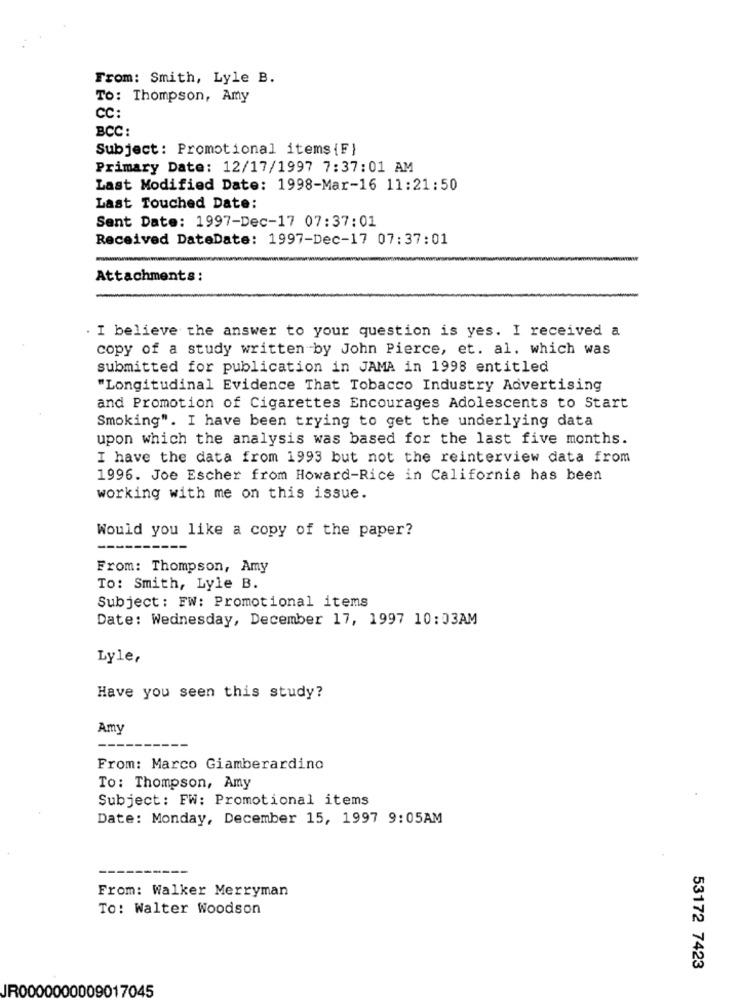
From: Smith, Lyle B.
To: Thompson, Amy
CC:
BCC:
Subject: Promotional items {F}
Primary Date: 12/17/1997 7:37:01 AM
Last Modified Date: 1998-Mar-16 11:21:50
Last Touched Date:
Sent Date: 1997-Dec-17 07:37:01
Received DateDate: 1997-Dec-17 07:37:01
Attachments:
. I believe the answer to your question is yes. I received a
copy of a study written by John Pierce, et. al. which was
submitted for publication in JAMA in 1998 entitled
"Longitudinal Evidence That Tobacco Industry Advertising
and Promotion of Cigarettes Encourages Adolescents to Start
Smoking". I have been trying to get the underlying data
upon which the analysis was based for the last five months.
I have the data from 1993 but not the reinterview data from
1996. Joe Escher from Howard-Rice in California has been
working with me on this issue.
Would you like a copy of the paper?
From: Thompson, Amy
To: Smith, Lyle B.
Subject: FW: Promotional items
Date: Wednesday, December 17, 1997 10:03AM
Lyle,
Have you seen this study?
Amy
From: Marco Giamberardino
To: Thompson, Amy
Subject: FW: Promotional items
Date: Monday, December 15, 1997 9:05AM
From: Walker Merryman
To: Walter Woodson
53172 7423
JR0000000009017045